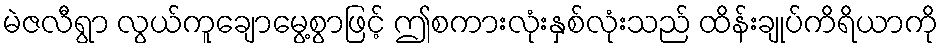
မဲဇလီရွာ လွယ်ကူချောမွေ့စွာဖြင့် ဤစကားလုံးနှစ်လုံးသည် ထိန်းချုပ်ကိရိယာကို